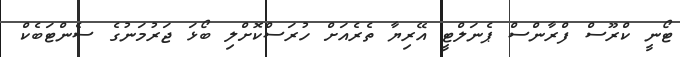
ޓޯނީ ކްރޫސް ފްރާންސް ޕެނަލްޓީ އޭރިޔާ ތެރެއަށް ހުރަސްކޮށްލި ބޯޅަ ޖަރުމަނުގެ ސެންޓަބެކް